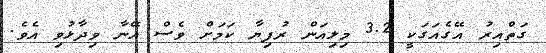
ގަތްއިރު އޭގެއަގަކީ 3.2 މިލިއަން ރުފިޔާ ކަމަށް ވެސް އޭނާ ވިދާޅުވި އެވެ.